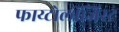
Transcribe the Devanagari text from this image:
फाय्टोलॉजिस्ट